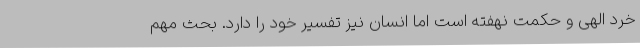
خرد الهی و حکمت نهفته است اما انسان نیز تفسیر خود را دارد. بحث مهم